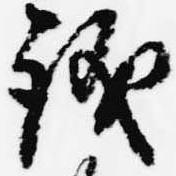
議